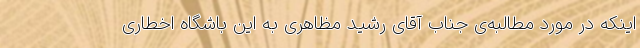
اینکه در مورد مطالبه‌ی‌ جناب آقای رشید مظاهری به این باشگاه اخطاری